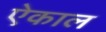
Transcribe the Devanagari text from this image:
ऐकाल